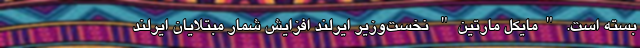
بسته است. "مایکل مارتین" نخست‌وزیر ایرلند افزایش شمار مبتلایان ایرلند